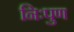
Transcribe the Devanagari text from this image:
निःपुण